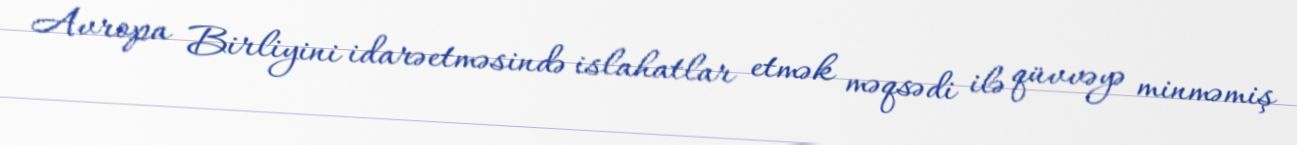
Avropa Birliyini idarəetməsində islahatlar etmək məqsədi ilə qüvvəyə minməmiş